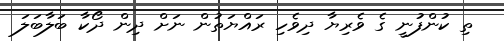
ތި ކުންފުނީ ގެ ވެރިޔާ ދިވެހި ރައްޔަތުން ނަށް ދިން ދޯކާ ބަލާބަލަ